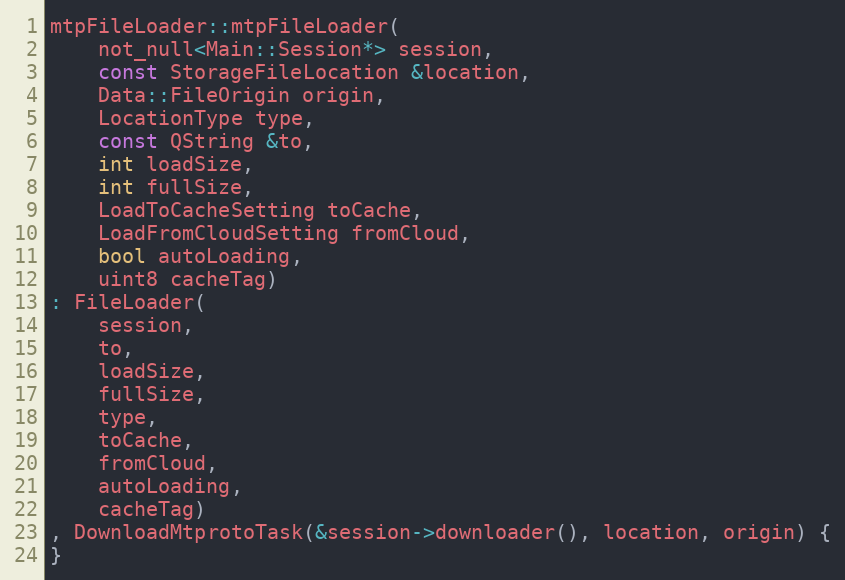
Language: C++
mtpFileLoader::mtpFileLoader(
	not_null<Main::Session*> session,
	const StorageFileLocation &location,
	Data::FileOrigin origin,
	LocationType type,
	const QString &to,
	int loadSize,
	int fullSize,
	LoadToCacheSetting toCache,
	LoadFromCloudSetting fromCloud,
	bool autoLoading,
	uint8 cacheTag)
: FileLoader(
	session,
	to,
	loadSize,
	fullSize,
	type,
	toCache,
	fromCloud,
	autoLoading,
	cacheTag)
, DownloadMtprotoTask(&session->downloader(), location, origin) {
}